Problem: 5 × 5 = ?
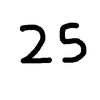
Handwritten answer: 25